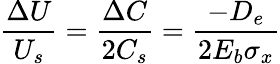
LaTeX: \frac{\Delta U}{U_{s}}=\frac{\Delta C}{2C_{s}}=\frac{-D_{e}}{2E_{b}\sigma_{x}}